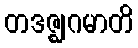
တဒဇ္ဈဂမာတိ